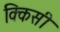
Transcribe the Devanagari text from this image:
क्किसी